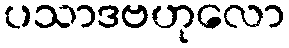
ပသာဒဗဟုလော